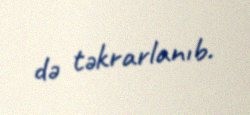
də təkrarlanıb.